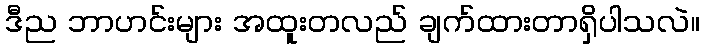
ဒီည ဘာဟင်းများ အထူးတလည် ချက်ထားတာရှိပါသလဲ။